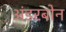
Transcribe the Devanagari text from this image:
अंडरबोन